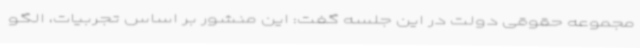
مجموعه حقوقی دولت در این جلسه گفت: این منشور بر اساس تجربیات، الگو